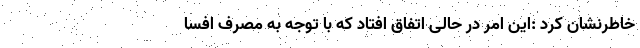
خاطرنشان کرد :این امر در حالی اتفاق افتاد که با توجه به مصرف افسا